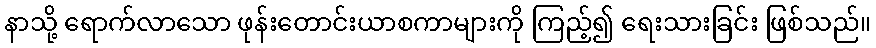
နာသို့ ရောက်လာသော ဖုန်းတောင်းယာစကာများကို ကြည့်၍ ရေးသားခြင်း ဖြစ်သည်။